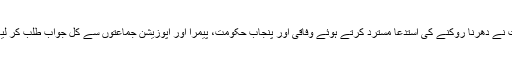
عدالت نے دھرنا روکنے کی استدعا مسترد کرتے ہوئے وفاقی اور پنجاب حکومت، پیمرا اور اپوزیشن جماعتوں سے کل جواب طلب کر لیا ہے۔